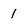
Character: 1